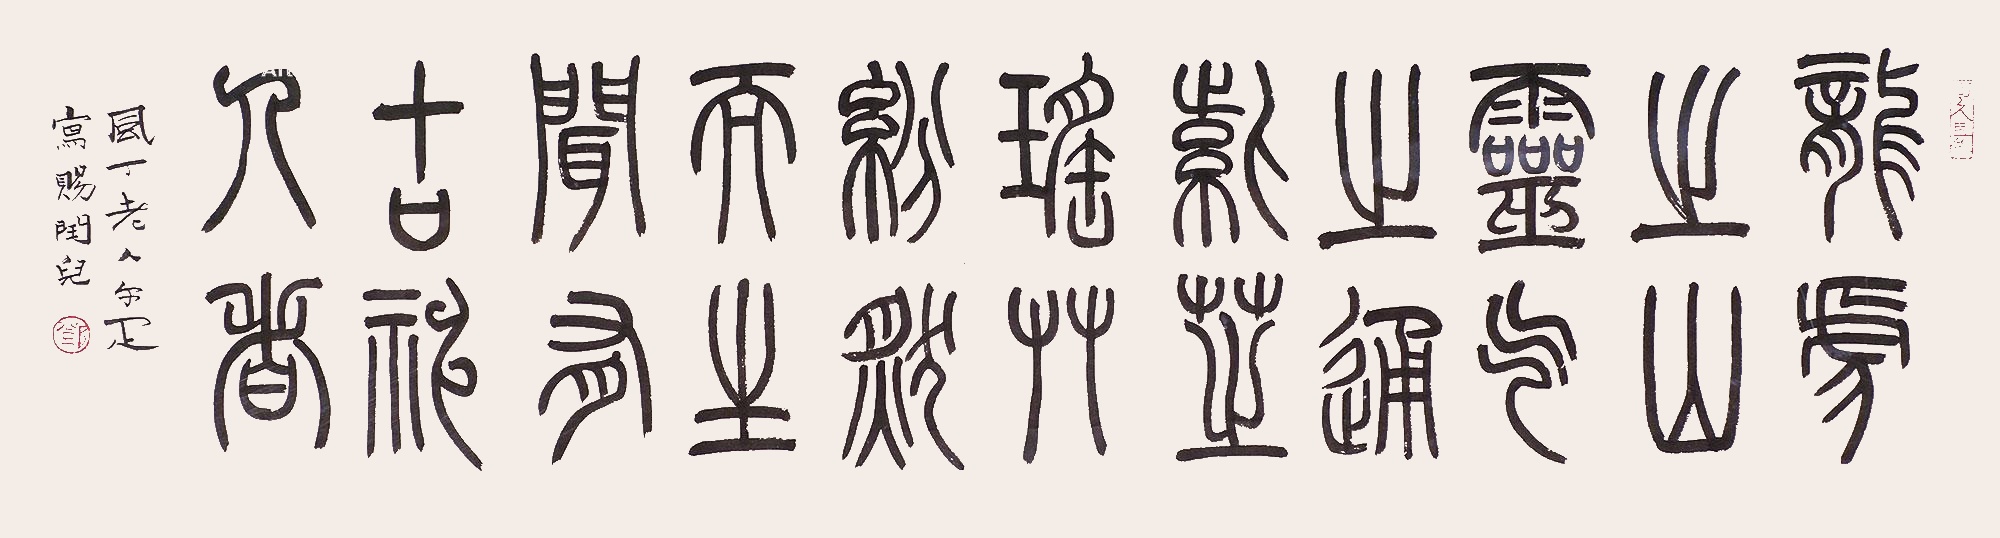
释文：龙虎之山，灵气之通。紫芝瑶草，纷然而罗生，闻有古神人者。风丁老人尔雅写赐闰儿。